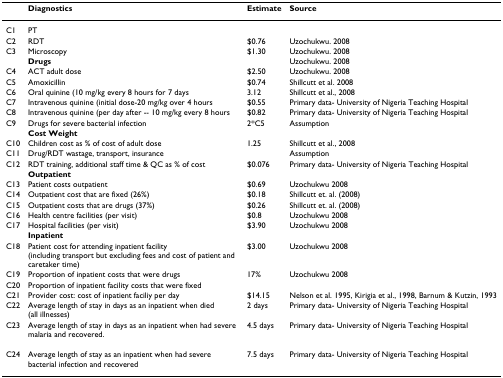
|  | Diagnostics | Estimate | Source |
 | --- | --- | --- | --- |
 | C1 | PT |  |  |
 | C2 | RDT | $0.76 | Uzochukwu. 2008 |
 | C3 | Microscopy | $1.30 | Uzochukwu. 2008 |
 |  | Drugs |  | Uzochukwu. 2008 |
 | C4 | ACT adult dose | $2.50 | Uzochukwu. 2008 |
 | C5 | Amoxicillin | $0.74 | Shillcutt et al. 2008 |
 | C6 | Oral quinine (10 mg/kg every 8 hours for 7 days | 3.12 | Shillcutt et al., 2008 |
 | C7 | Intravenous quinine (initial dose-20 mg/kg over 4 hours | $0.55 | Primary data- University of Nigeria Teaching Hospital |
 | C8 | Intravenous quinine (per day after -- 10 mg/kg every 8 hours | $0.82 | Primary data- University of Nigeria Teaching Hospital |
 | C9 | Drugs for severe bacterial infection | 2*C5 | Assumption |
 |  | Cost Weight |  |  |
 | C10 | Children cost as % of cost of adult dose | 1.25 | Shillcutt et al., 2008 |
 | C11 | Drug/RDT wastage, transport, insurance |  | Assumption |
 | C12 | RDT training, additional staff time & QC as % of cost | $0.076 | Primary data- University of Nigeria Teaching Hospital |
 |  | Outpatient |  |  |
 | C13 | Patient costs outpatient | $0.69 | Uzochukwu 2008 |
 | C14 | Outpatient cost that are fixed (26%) | $0.18 | Shillcutt et. al. (2008) |
 | C15 | Outpatient costs that are drugs (37%) | $0.26 | Shillcutt et. al. (2008) |
 | C16 | Health centre facilities (per visit) | $0.8 | Uzochukwu 2008 |
 | C17 | Hospital facilities (per visit) | $3.90 | Uzochukwu 2008 |
 |  | Inpatient |  |  |
 | C18 | Patient cost for attending inpatient facility (including transport but excluding fees and cost of patient and caretaker time) | $3.00 | Uzochukwu 2008 |
 | C19 | Proportion of inpatient costs that were drugs | 17% | Uzochukwu 2008 |
 | C20 | Proportion of inpatient facility costs that were fixed |  |  |
 | C21 | Provider cost: cost of inpatient faciliy per day | $14.15 | Nelson et al. 1995, Kirigia et al., 1998, Barnum & Kutzin, 1993 |
 | C22 | Average length of stay in days as an inpatient when died (all illnesses) | 2 days | Primary data- University of Nigeria Teaching Hospital |
 | C23 | Average length of stay in days as an inpatient when had severe malaria and recovered. | 4.5 days | Primary data- University of Nigeria Teaching Hospital |
 | C24 | Average length of stay as an inpatient when had severe bacterial infection and recovered | 7.5 days | Primary data- University of Nigeria Teaching Hospital |